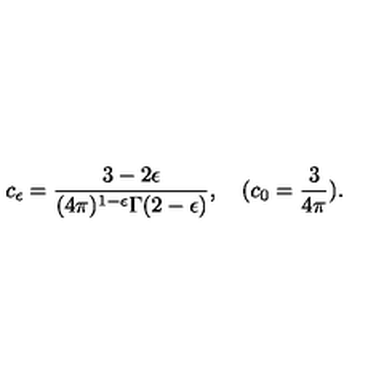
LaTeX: c _ { \epsilon } = \frac { 3 - 2 \epsilon } { ( 4 \pi ) ^ { 1 - \epsilon } \Gamma ( 2 - \epsilon ) } , \quad ( c _ { 0 } = \frac { 3 } { 4 \pi } ) .